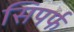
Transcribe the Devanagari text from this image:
सिपर्फ